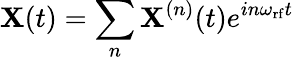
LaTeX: \mathbf{X}(t)=\sum_{n}\mathbf{X}^{(n)}(t)e^{in\omega_{\mathrm{rf}}t}